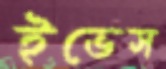
ইভেস